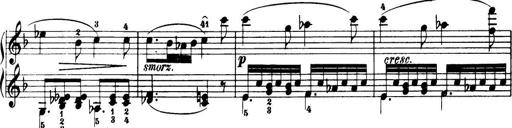
Title: 32 Sonatinas and Rondos for the Piano
Composer: Richard Kleinmichel